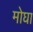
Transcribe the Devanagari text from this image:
मोघा